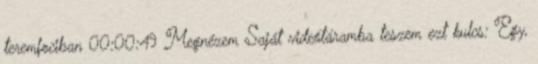
teremfociban 00:00:49 Megnézem Saját videótáramba teszem ezt kulcs: Egy,